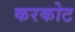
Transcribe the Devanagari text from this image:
करकोट